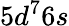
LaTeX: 5d^{7}6s